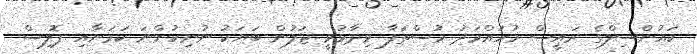
ކައުންސިލްގެ ރައީސް މުހައްމަދު މުސްތަފާ ވިދާޅުވީ ޖަލުން ބަޔަކު ނުނިކުންނަ ކަމަށާއި ޕޮލިސް